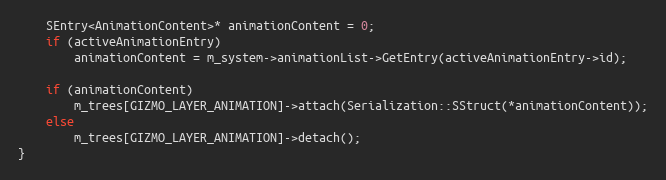
Language: C++
	SEntry<AnimationContent>* animationContent = 0;
	if (activeAnimationEntry)
		animationContent = m_system->animationList->GetEntry(activeAnimationEntry->id);

	if (animationContent)
		m_trees[GIZMO_LAYER_ANIMATION]->attach(Serialization::SStruct(*animationContent));
	else
		m_trees[GIZMO_LAYER_ANIMATION]->detach();
}